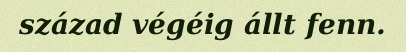
század végéig állt fenn.